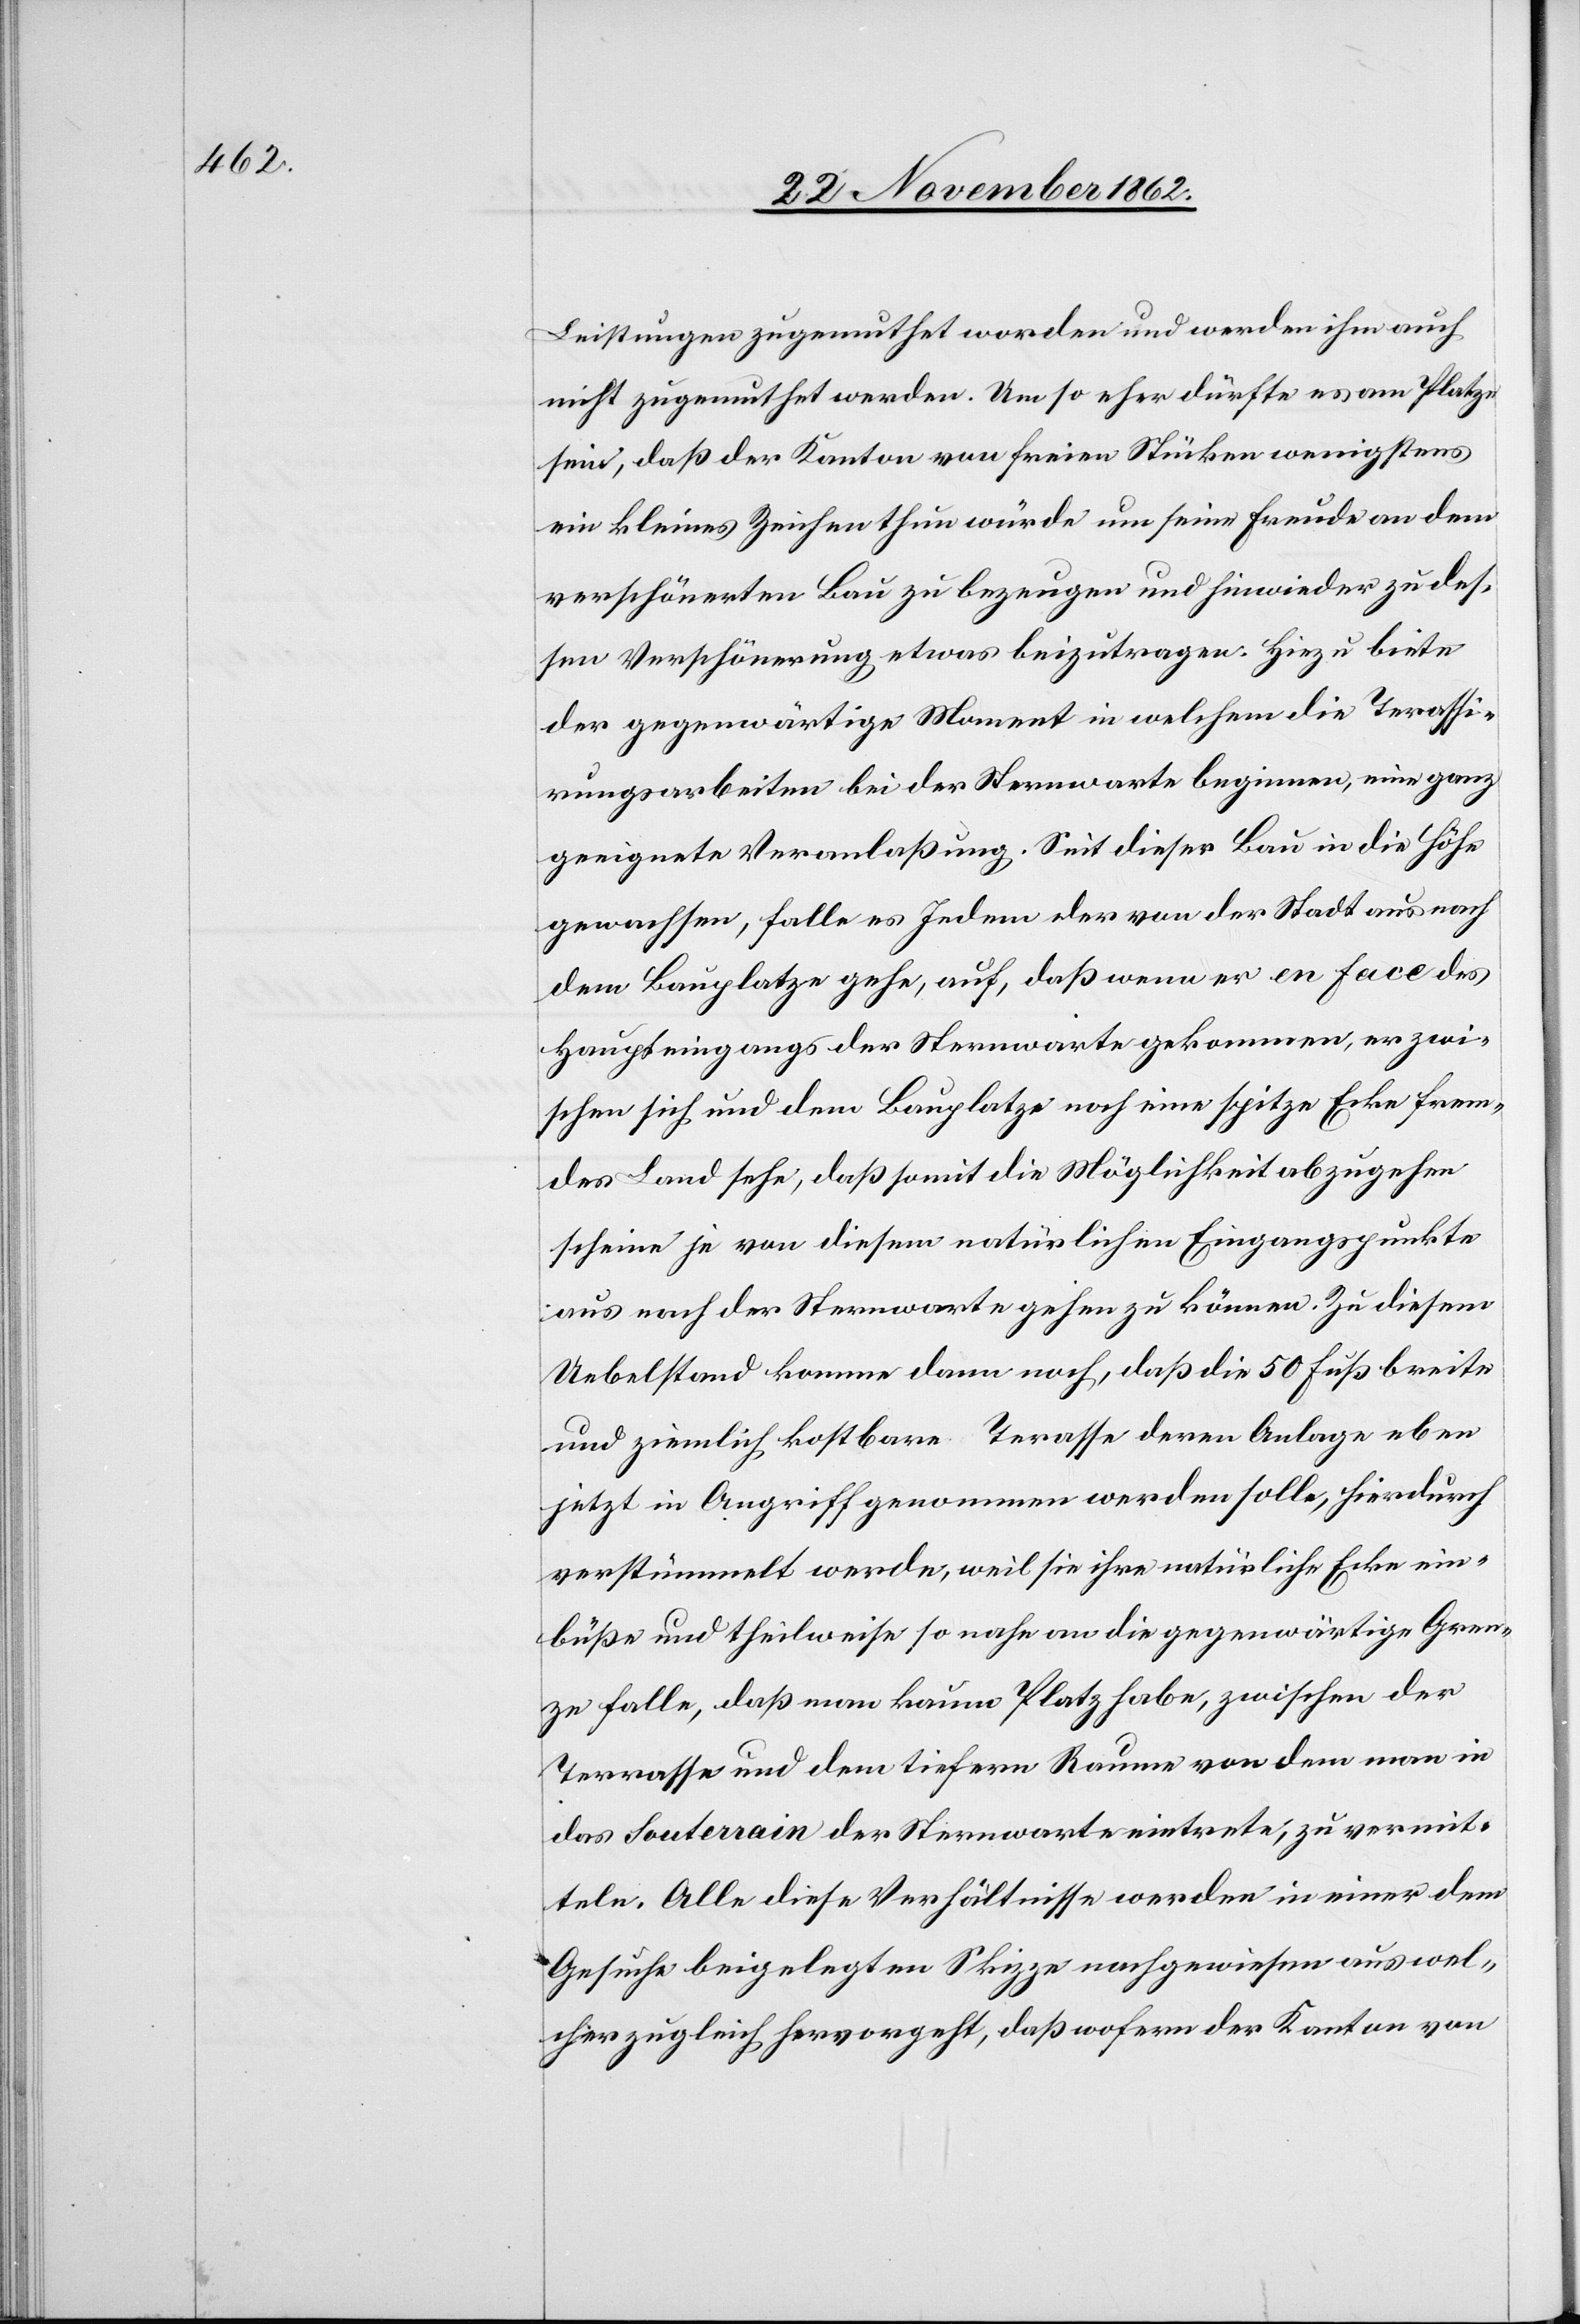
Leistungen zugemuthet worden und werden ihm auch
nicht zugemuthet werden. Um so eher dürfte es am Platze
sein, daß der Kanton von freien Stücken wenigstens
ein kleines Zeichen thun würde um seine Freude an dem
verschönerten Bau zu bezeugen und hinwieder zu des¬
sen Verschönerung etwas beizutragen. Hiezu biete
der gegenwärtige Moment in welchem die Terrassi¬
rungsarbeiten bei der Sternwarte beginnen, eine ganz
geeignete Veranlaßung. Seit dieser Bau in die Höhe
gewachsen, falle es Jedem der von der Stadt aus nach
dem Bauplatze gehe, auf, daß wenn er en face des
Haupteingangs der Sternwarte gekommen, er zwi¬
schen sich und dem Bauplatze noch eine spitze Ecke frem¬
des Land sehe, daß somit die Möglichkeit abzugehen
scheine je von diesem natürlichen Eingangspunkte
aus nach der Sternwarte gehen zu können. Zu diesem
Uebelstand komme dann noch, daß die 50 Fuß breite
und ziemlich kostbare Terrasse deren Anlage eben
jetzt in Angriff genommen werden solle, hierdurch
verstümmelt werde, weil sie ihre natürliche Ecke ein¬
büße und theilweise so nahe an die gegenwärtige Gren¬
ze falle, daß man kaum Platz habe, zwischen der
Terrasse und dem tiefern Raume von dem man in
das Souterrain der Sternwarte eintrete, zu vermit¬
teln. Alle diese Verhältnisse werden in einer dem
Gesuche beigelegten Skizze nachgewiesen aus wel¬
cher zugleich hervorgeht, daß sofern der Kanton von